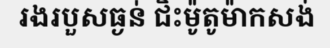
រងរបួសធ្ងន់ ជិះម៉ូតូម៉ាកសង់